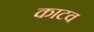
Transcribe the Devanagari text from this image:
काटव